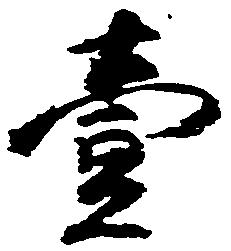
壱